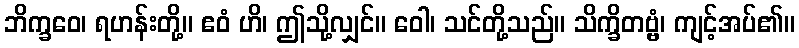
ဘိက္ခဝေ၊ ရဟန်းတို့။ ဧဝံ ဟိ၊ ဤသို့လျှင်။ ဝေါ၊ သင်တို့သည်။ သိက္ခိတဗ္ဗံ၊ ကျင့်အပ်၏။